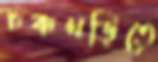
চকখড়িতে